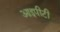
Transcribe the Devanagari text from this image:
आइपीटी